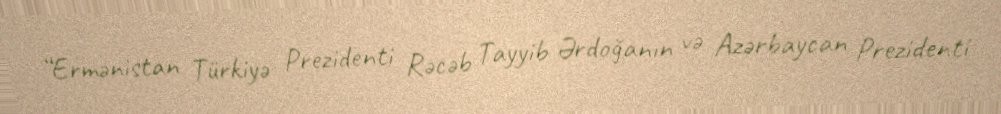
“Ermənistan Türkiyə Prezidenti Rəcəb Tayyib Ərdoğanın və Azərbaycan Prezidenti